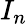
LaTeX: I_{n}